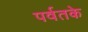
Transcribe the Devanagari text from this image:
पर्वतके